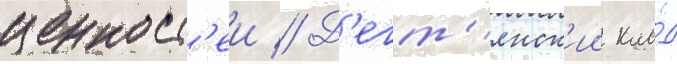
ценност'еи // Д'егт'янск'ии кла́д